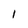
Character: l